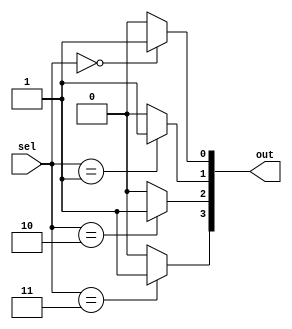
module Decoder(input [1:0] sel, output [3:0] out);
  assign out[0] = (sel == 2'b00) ? 1'b1 : 1'b0;
  assign out[1] = (sel == 2'b01) ? 1'b1 : 1'b0;
  assign out[2] = (sel == 2'b10) ? 1'b1 : 1'b0;
  assign out[3] = (sel == 2'b11) ? 1'b1 : 1'b0;
endmodule
//This Verilog code represents a 2-to-4 decoder. The sel input selects one of the four output lines (out) based on its binary value.